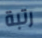
رتبة